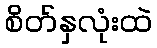
စိတ်နှလုံးထဲ